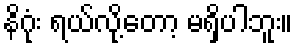
နိဂုံး ရယ်လို့တော့ မရှိပါဘူး။